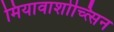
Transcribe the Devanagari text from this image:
मियावाशोच्त्सिन